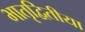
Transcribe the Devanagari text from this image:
भातृद्वितीया